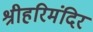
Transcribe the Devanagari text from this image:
श्रीहरिमंदिर